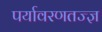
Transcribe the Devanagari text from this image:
पर्यावरणतज्ज्ञ